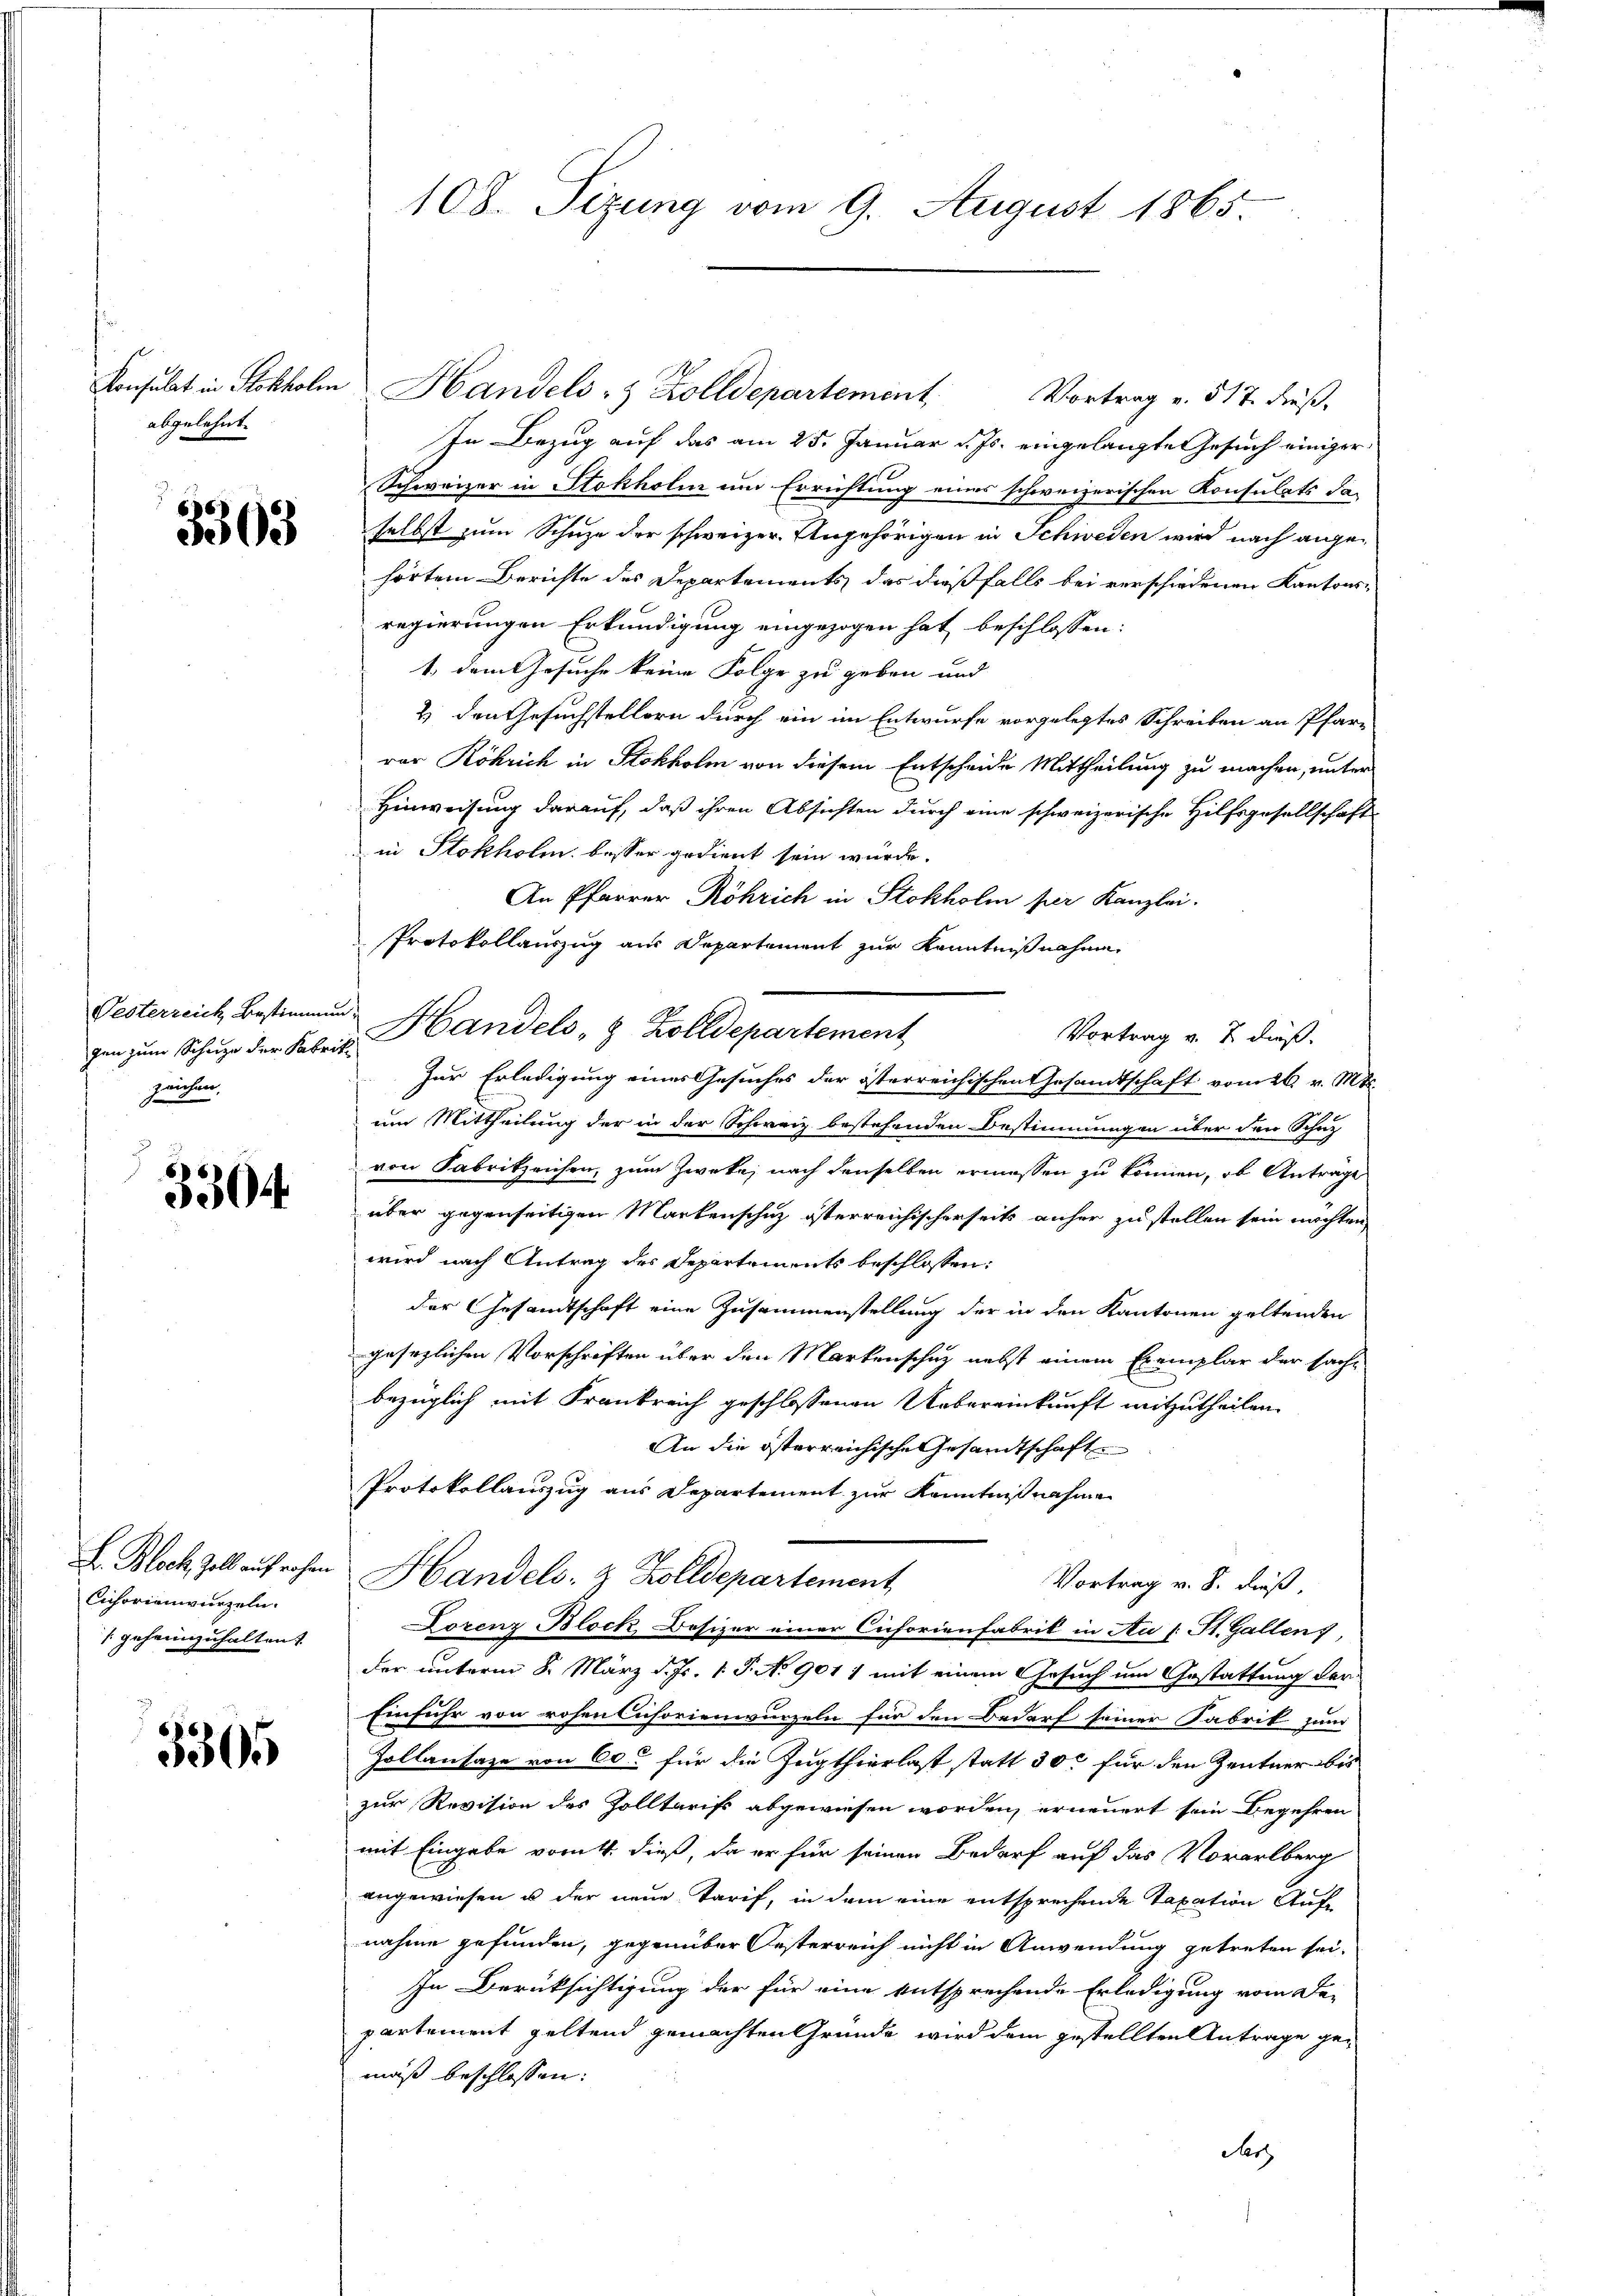
abgelehnt.

3363

Pesterreich Bestimmung
zeichen.

3504.

Cichorienwurzeln.
/ geheimzuhalten.

3305

Konsulat in Stokholm Handels- & Zolldepartement,
Vortrag v. 517. dieß,
In Bezug auf das am 25. Januar d. Js. eingelangte Gesuch einiger
Schweizer in Stokholm um Errichtung eines schweizerischen Konsulats da-
selbst zum Schuze der schweizer. Angehörigen in Schweden wird nach angehörtem Berichte des Departements, das dießfalls bei verschiedenen Kantonsregierungen Erkundigung eingezogen hat beschlossen:
1., dem Gesuche keine Folge zu geben und
2) den Gesuchstellern durch ein im Entwurfe vorgelegtes Schreiben an Pfarr
vor Röhrich in Stokholm von diesem Entscheide Mittheilung zu machen, unter
Hinweisung darauf, daß ihren Absichten durch eine schweizerische Hilfsgesellschaft
in Stokholm besser gedient sein würde.
An Pfarrer Röhrich in Stokholm per Kanzlei.
Protokollauszug aus Departement zur Kenntnißnahme
Vortrag v. 7. dieß.
gin zum Schur der Fabrik Handels 8 Zolldepartement
Zur Erledigung eines Gesuches der österreichischen Gesandtschaft vom 26. v. Mt.
um Mittheilung der in der Schweiz bestehenden Bestimmungen über den Schutz
von Fabrikzeichen, zum Zweke, nach denselben ermassen zu können, ob Antrage
über gegenseitigen Markenschuz österreichischerseits anher zu stellen sein möchten
wird nach Antrag des Departements beschlossen:
der Gesandtschaft eine Zusammenstellung der in den Kantonen geltenden
gesezlichen Vorschriften über den Markenschutz nebst einem Exemplar der sach-
bezüglich mit Frankreich geschlossenen Uebereinkunft mitzutheilen.
An die österreichische Gesandtschaft
Protokollauszug aus Departement zur Kenntnißnahme
L. Bloch Zoll aufrohen Handels- & Zolldepartement
Vortrag v. 8. dieß,
Lorenz Block, Besizer einer Cicforienfabrik in Au [St. Gallen,
der unterm 8. März d. Js. 1. P. No 901 1 mit einem Gesuch um Gestattung der
Einfuhr von rohen Cisorienwurzeln für den Bedarf seiner Fabrik zum
Zollansaze von 60 für die Zugthierlast statt 300 für den Zentner bis
zur Revision des Zolltarifs abgewiesen worden, erneuert sein Begehren
mit Eingabe vom 4. dieß, da er für seinen Bedarf auf das Vorarlberg
angewiesen u der neue Tarif, in dem eine entsprechende Taxation Aufnahme gefunden, gegenüber Oesterreich nicht in Anwendung getreten sei.
In Berüksichtigung der für eine entsprechende Erledigung vom Da-
partement geltend gemachten Gründe wird dem gestellten Antrage gemäß beschlossen:
Aerz

108. Sizung vom 9. August 1865.